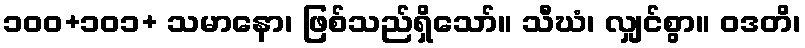
၁၀၀+၁၀၁+ သမာနော၊ ဖြစ်သည်ရှိသော်။ သီဃံ၊ လျှင်စွာ။ ဝဒတိ၊